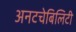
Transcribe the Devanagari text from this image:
अनटचेबिलिटी